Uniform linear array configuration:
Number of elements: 12
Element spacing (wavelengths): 0.75
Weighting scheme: kaiser
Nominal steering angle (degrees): -60
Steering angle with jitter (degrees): -60.363
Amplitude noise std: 0.05
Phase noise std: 0.05

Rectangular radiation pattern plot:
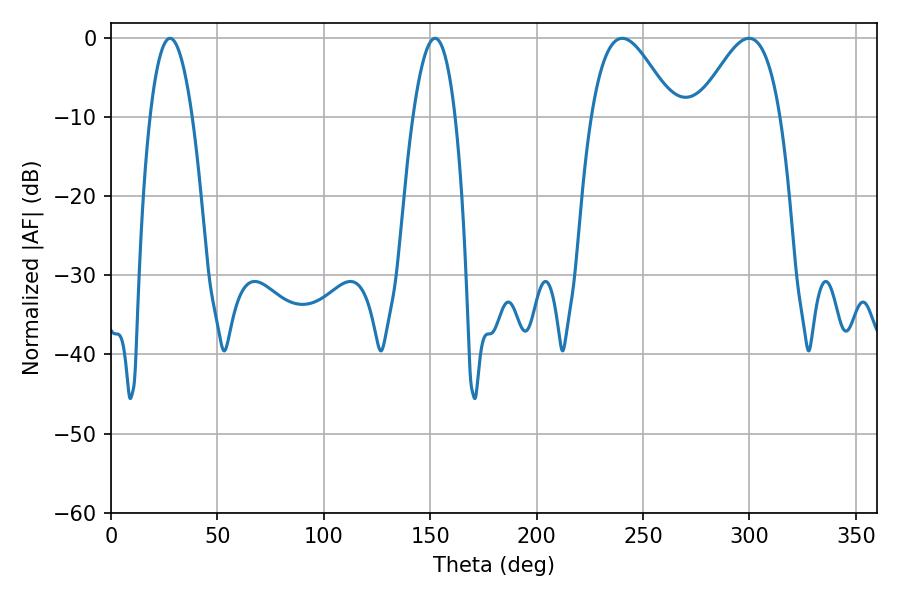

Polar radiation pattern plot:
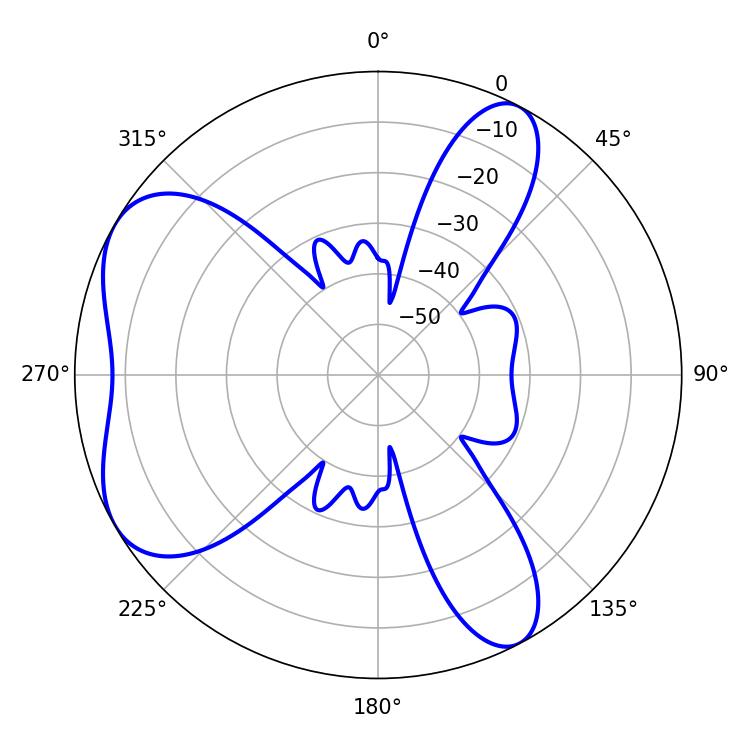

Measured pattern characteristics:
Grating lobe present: TRUE
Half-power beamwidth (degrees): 10.8
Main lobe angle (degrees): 27.72